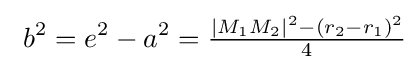
\ b^{2}=e^{2}-a^{2}={\tfrac {|M_{1}M_{2}|^{2}-(r_{2}-r_{1})^{2}}{4}}